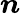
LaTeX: \boldsymbol{n}